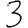
Digit: 3